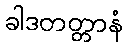
ခါဒတတ္တာနံ